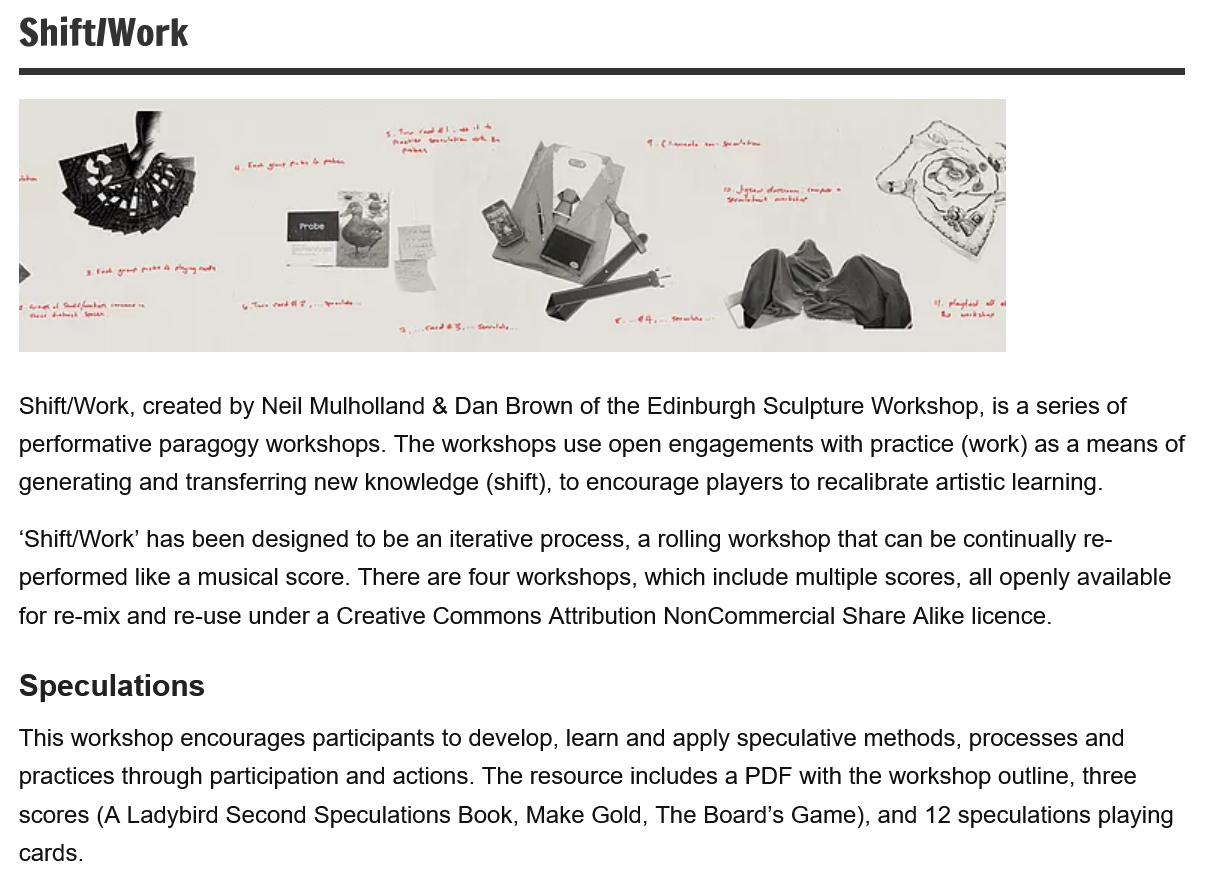
Shift/Work
  Shift/Work, created by Neil Mulholland & Dan Brown of the Edinburgh Sculpture Workshop, is a series of
  performative paragogy workshops. The workshops use open engagements with practice (work) as a means of
  generating and transferring new knowledge (shift), to encourage players to recalibrate artistic learning.
  ‘Shift/Work’ has been designed to be an iterative process, a rolling workshop that can be continually re-
  performed like a musical score. There are four workshops, which include multiple scores, all openly available
  for re-mix and re-use under a Creative Commons Attribution NonCommercial Share Alike licence.
  This workshop encourages participants to develop, learn and apply speculative methods, processes and
  practices through participation and actions. The resource includes a PDF with the workshop outline, three
  scores (A Ladybird Second Speculations Book, Make Gold, The Board’s Game), and 12 speculations playing
  cards.
  Speculations